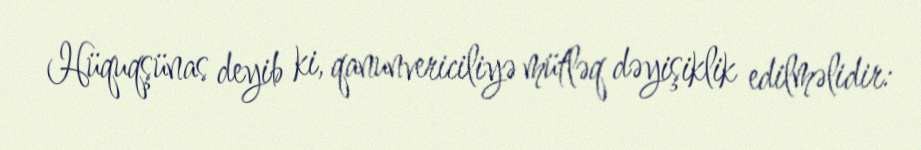
Hüquqşünas deyib ki, qanunvericiliyə mütləq dəyişiklik edilməlidir: